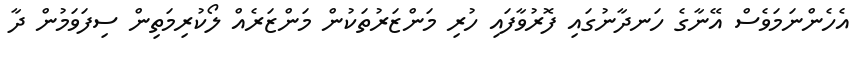
އެހެންނަމަވެސް އޭނާގެ ހަނދާނުގައި ފޮރުވާފައި ހުރި މަންޒަރުތަކުން މަންޒަރެއް ލޯކުރިމަތިން ސިފަވަމުން ދާ